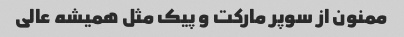
ممنون از سوپر مارکت و پیک مثل همیشه عالی